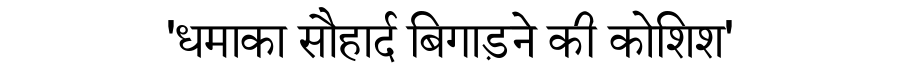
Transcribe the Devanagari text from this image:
'धमाका सौहार्द बिगाड़ने की कोशिश'